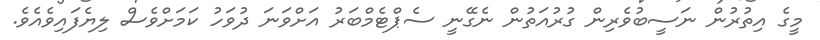
މީގެ އިތުރުން ނަސީބުވެރިން ގުރުއަތުން ނެގޭނީ ސެޕްޓެމްބަރު އަށްވަނަ ދުވަހު ކަމަށްވެސް ލިޔެފައިވެއެވެ.